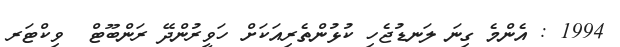
1994 : އެންމެ ގިނަ ލަނޑުޖެހި ކުޅުންތެރިއަކަށް ހަވީރުންދޭ ރަންބޫޓް  ވިކްޓަރ